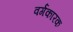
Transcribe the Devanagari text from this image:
वर्गकारक